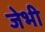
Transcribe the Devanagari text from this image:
जेभी